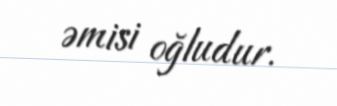
əmisi oğludur.